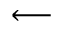
\longleftarrow